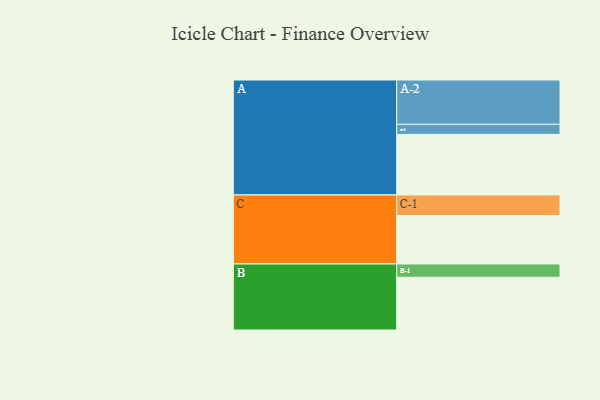
{"axis": {"x": "Segment", "y": "Value"}, "legend": ["", "A", "B", "C"], "data": [{"x": "A", "y": 380, "type": ""}, {"x": "B", "y": 331, "type": ""}, {"x": "C", "y": 304, "type": ""}, {"x": "A-1", "y": 63, "type": "A"}, {"x": "A-2", "y": 278, "type": "A"}, {"x": "B-1", "y": 83, "type": "B"}, {"x": "C-1", "y": 129, "type": "C"}]}